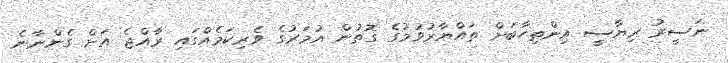
ނަސީރު ރިޔާސީ އިންތިހާބަށް ތައްޔާރުވުމުގެ ގޮތުން އުމަރުގެ ވެރިކަމެއްގައި ރާއްޖެ އަށް ގެންނާނެ